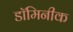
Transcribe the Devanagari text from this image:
डॉमिनीक